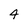
Character: 4